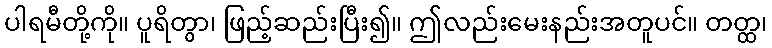
ပါရမီတို့ကို။ ပူရိတွာ၊ ဖြည့်ဆည်းပြီး၍။ ဤလည်းမေးနည်းအတူပင်။ တတ္ထ၊